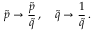
\tilde { p } \to \frac { \tilde { p } } { \tilde { q } } \, , \quad \tilde { q } \to \frac { 1 } { \tilde { q } } \, .